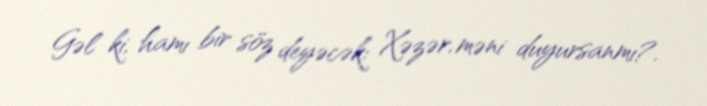
Gəl ki, hamı bir söz deyəcək: Xəzər, məni duyursanmı?.